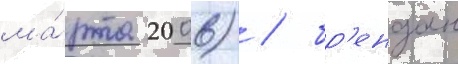
ма́рта 2006) / бр'ендан